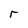
Character: r